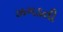
ઝગડતી